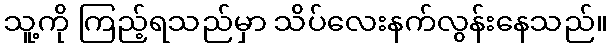
သူ့ကို ကြည့်ရသည်မှာ သိပ်လေးနက်လွန်းနေသည်။